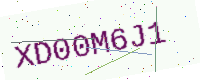
Text: XD00M6J1